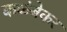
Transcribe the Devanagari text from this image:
कळंबेकर